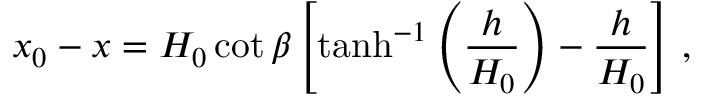
x _ { 0 } - x = H _ { 0 } \cot \beta \left[ \operatorname { t a n h } ^ { - 1 } \left( \frac { h } { H _ { 0 } } \right) - \frac { h } { H _ { 0 } } \right] \, ,